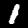
Label: 1